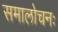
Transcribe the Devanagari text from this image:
समालोचनः